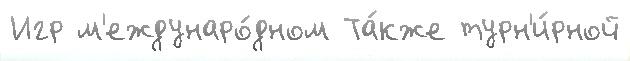
Игр м'еждунаро́дном Та́кже турн'и́рной